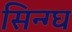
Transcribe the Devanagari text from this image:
सिन्ग्घ